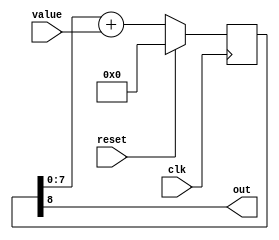
// A first-order sigma-delta modulator
// It resembles a PWM, but actually is a PDM (Pulse Density Modulation)
// https://en.wikipedia.org/wiki/Pulse-density_modulation
// 
// Implementaion based on https://www.fpga4fun.com/PWM_DAC_2.html

module pwm #( parameter VALUE_BITS = 8 ) (
    input  wire clk,
    input  wire reset,

    input  wire [VALUE_BITS-1:0]  value,

    output wire out
);
    localparam ACCUMULATOR_BITS = VALUE_BITS + 1;
    reg [ACCUMULATOR_BITS-1:0] accumulator;

    always @(posedge clk) begin
        if (reset) begin
            accumulator <= 0;
        end else begin
            // greater the value, the more often accumulator overflows
            // every time the accumulator overflows, PDM outputs 1
            accumulator <= accumulator[VALUE_BITS-1:0] + value;
        end
    end

    assign out = accumulator[ACCUMULATOR_BITS-1]; // an overflow bit of the accumulator is the output of PDM
endmodule